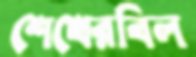
শেখেরবিল